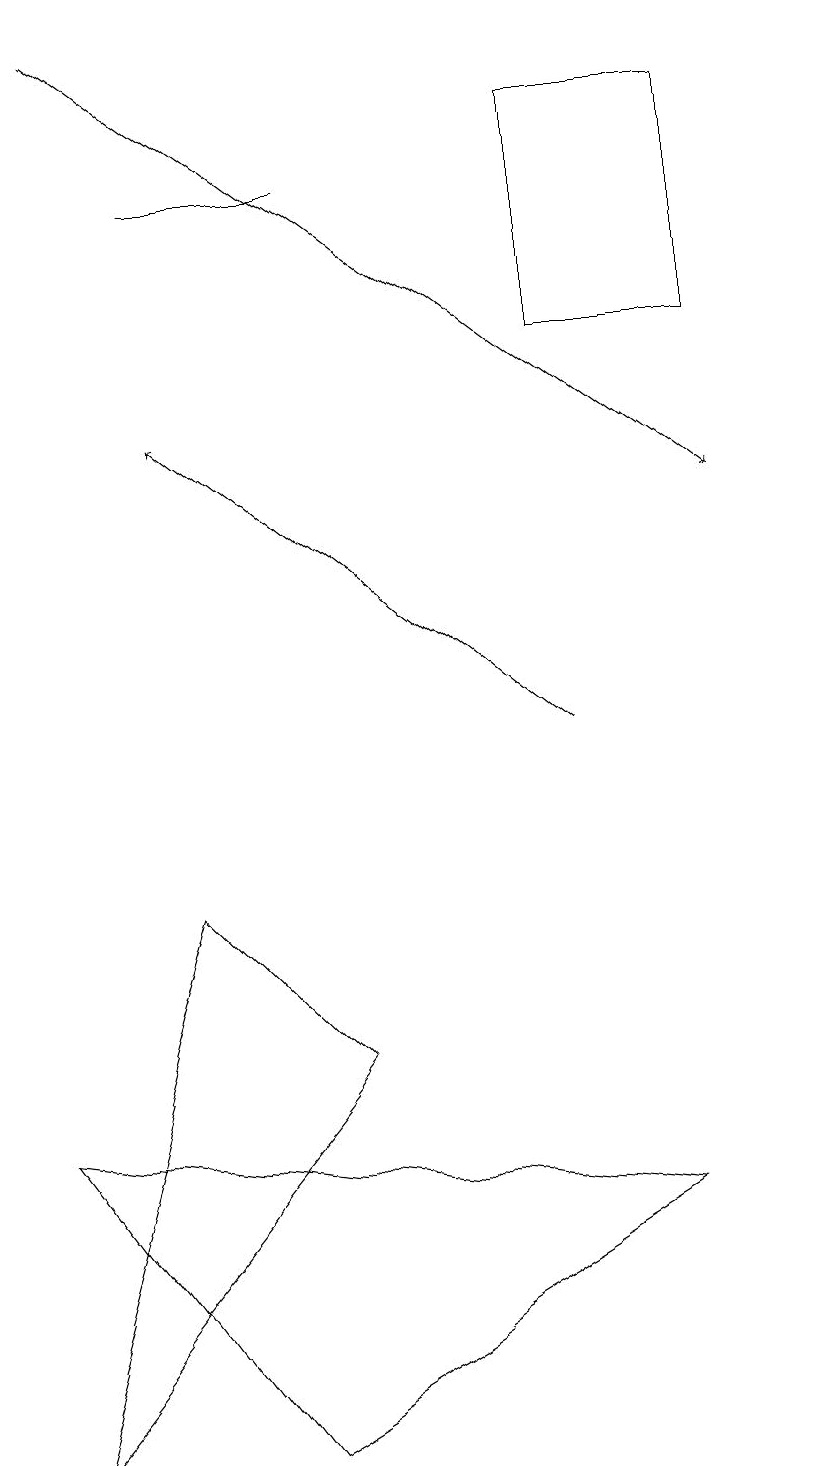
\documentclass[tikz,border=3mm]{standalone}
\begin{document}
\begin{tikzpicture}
\draw (3,1) -- (0,5) -- (8,4) -- cycle;
\draw[->] (1,19) -- (9,13);
\draw (9,15) rectangle (7,18);
\draw (4,17) rectangle (2,17);
\draw (0,1) -- (4,6) -- (2,8) -- cycle;
\draw (10,12) circle (0);
\draw[->] (7,10) -- (2,14);
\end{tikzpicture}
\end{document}